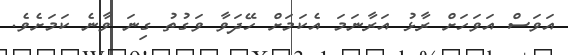
އަވަަސް އަވަހަށް ރާޅު އަރާނަމަ އެކަމަށް ހޭދަވާ ވަގުުތު ގިނަ ވާނެ ކަމަށެވެ.